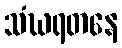
သံဃရတနေ